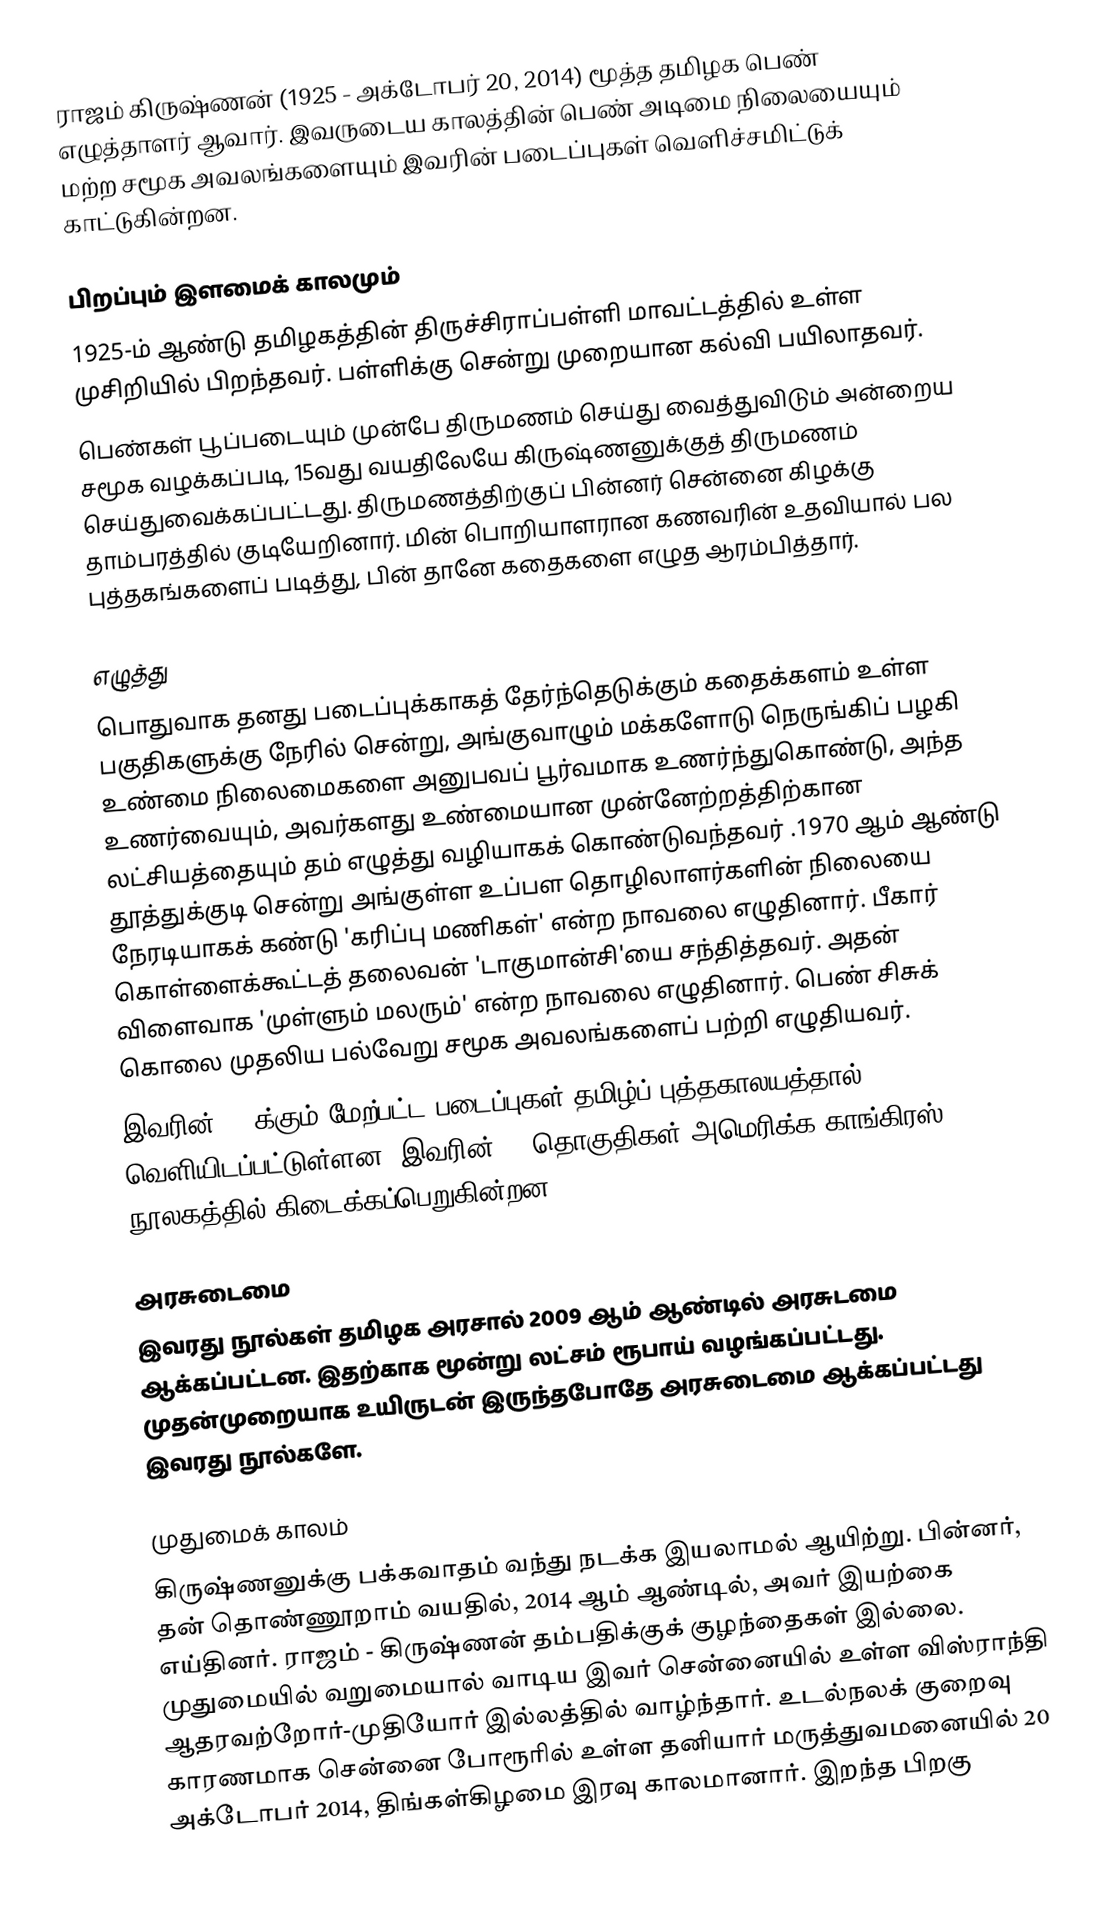
ராஜம் கிருஷ்ணன் (1925 - அக்டோபர் 20, 2014) மூத்த தமிழக பெண் எழுத்தாளர் ஆவார். இவருடைய காலத்தின் பெண் அடிமை நிலையையும் மற்ற சமூக அவலங்களையும் இவரின் படைப்புகள் வெளிச்சமிட்டுக் காட்டுகின்றன.

பிறப்பும் இளமைக் காலமும்
1925-ம் ஆண்டு தமிழகத்தின் திருச்சிராப்பள்ளி மாவட்டத்தில் உள்ள முசிறியில் பிறந்தவர். பள்ளிக்கு சென்று முறையான கல்வி பயிலாதவர்.
பெண்கள் பூப்படையும் முன்பே திருமணம் செய்து வைத்துவிடும் அன்றைய சமூக வழக்கப்படி, 15வது வயதிலேயே கிருஷ்ணனுக்குத் திருமணம் செய்துவைக்கப்பட்டது. திருமணத்திற்குப் பின்னர் சென்னை கிழக்கு தாம்பரத்தில் குடியேறினார்.  மின் பொறியாளரான கணவரின் உதவியால் பல புத்தகங்களைப் படித்து, பின் தானே கதைகளை எழுத ஆரம்பித்தார்.

எழுத்து
பொதுவாக தனது படைப்புக்காகத் தேர்ந்தெடுக்கும் கதைக்களம் உள்ள பகுதிகளுக்கு நேரில் சென்று, அங்குவாழும் மக்களோடு நெருங்கிப் பழகி உண்மை நிலைமைகளை அனுபவப் பூர்வமாக உணர்ந்துகொண்டு, அந்த உணர்வையும், அவர்களது உண்மையான முன்னேற்றத்திற்கான லட்சியத்தையும் தம் எழுத்து வழியாகக் கொண்டுவந்தவர் .1970 ஆம் ஆண்டு தூத்துக்குடி சென்று அங்குள்ள உப்பள தொழிலாளர்களின் நிலையை நேரடியாகக் கண்டு 'கரிப்பு மணிகள்' என்ற நாவலை எழுதினார். பீகார் கொள்ளைக்கூட்டத் தலைவன் 'டாகுமான்சி'யை சந்தித்தவர். அதன் விளைவாக 'முள்ளும் மலரும்' என்ற நாவலை எழுதினார். பெண் சிசுக் கொலை முதலிய பல்வேறு சமூக அவலங்களைப் பற்றி எழுதியவர்.
இவரின் 80-க்கும் மேற்பட்ட படைப்புகள் தமிழ்ப் புத்தகாலயத்தால் வெளியிடப்பட்டுள்ளன. இவரின் 59 தொகுதிகள் அமெரிக்க காங்கிரஸ் நூலகத்தில் கிடைக்கப்பெறுகின்றன.

அரசுடைமை
இவரது நூல்கள் தமிழக அரசால் 2009 ஆம் ஆண்டில் அரசுடமை ஆக்கப்பட்டன. இதற்காக மூன்று லட்சம் ரூபாய் வழங்கப்பட்டது. முதன்முறையாக உயிருடன் இருந்தபோதே அரசுடைமை ஆக்கப்பட்டது இவரது நூல்களே.

முதுமைக் காலம்
கிருஷ்ணனுக்கு பக்கவாதம் வந்து நடக்க இயலாமல் ஆயிற்று. பின்னர், தன் தொண்ணூறாம் வயதில், 2014 ஆம் ஆண்டில், அவர் இயற்கை எய்தினர். ராஜம் - கிருஷ்ணன் தம்பதிக்குக் குழந்தைகள் இல்லை. முதுமையில் வறுமையால் வாடிய இவர் சென்னையில் உள்ள விஸ்ராந்தி ஆதரவற்றோர்-முதியோர் இல்லத்தில் வாழ்ந்தார். உடல்நலக் குறைவு காரணமாக சென்னை போரூரில் உள்ள தனியார் மருத்துவமனையில் 20 அக்டோபர் 2014, திங்கள்கிழமை இரவு காலமானார். இறந்த பிறகு